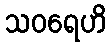
သဝရေဟိ